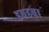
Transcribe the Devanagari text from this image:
डबडबा